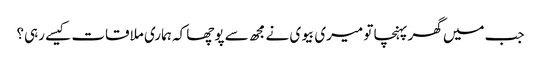
جب میں گھر پہنچا تو میری بیوی نے مجھ سے پوچھا کہ ہماری ملاقات کیسے رہی؟